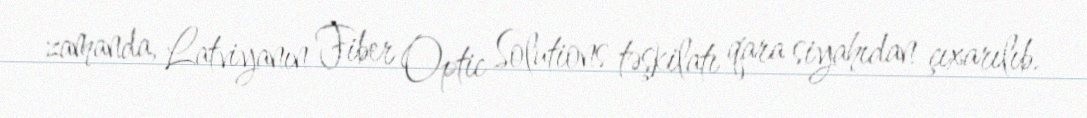
zamanda, Latviyanın Fiber Optic Solutions təşkilatı qara siyahıdan çıxarılıb.